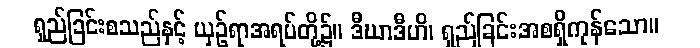
ရှည်ခြင်းစသည်နှင့် ယှဉ်ရာအရပ်တို့၌။ ဒီဃာဒီဟိ၊ ရှည်ခြင်းအစရှိကုန်သော။